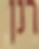
רנן